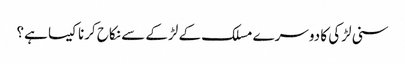
سنی لڑکی کا دوسرے مسلک کے لڑکے سے نکاح کرنا کیسا ہے؟